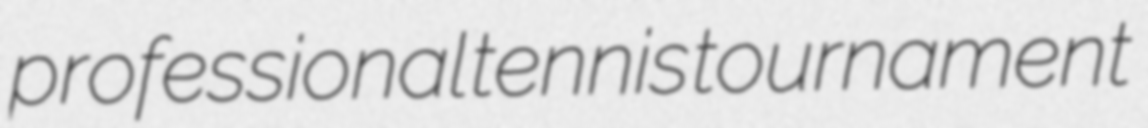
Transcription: professional tennis tournament